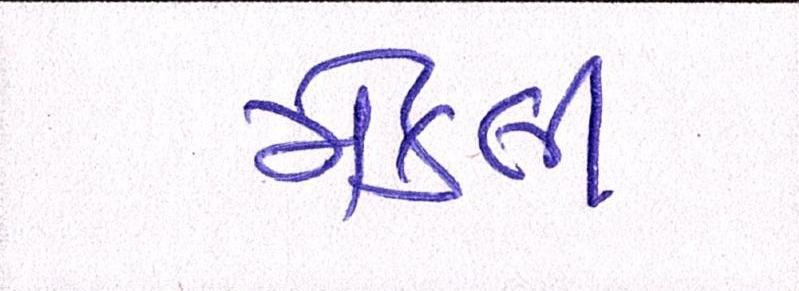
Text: મેકલી